Magi,_Artur, lk 258
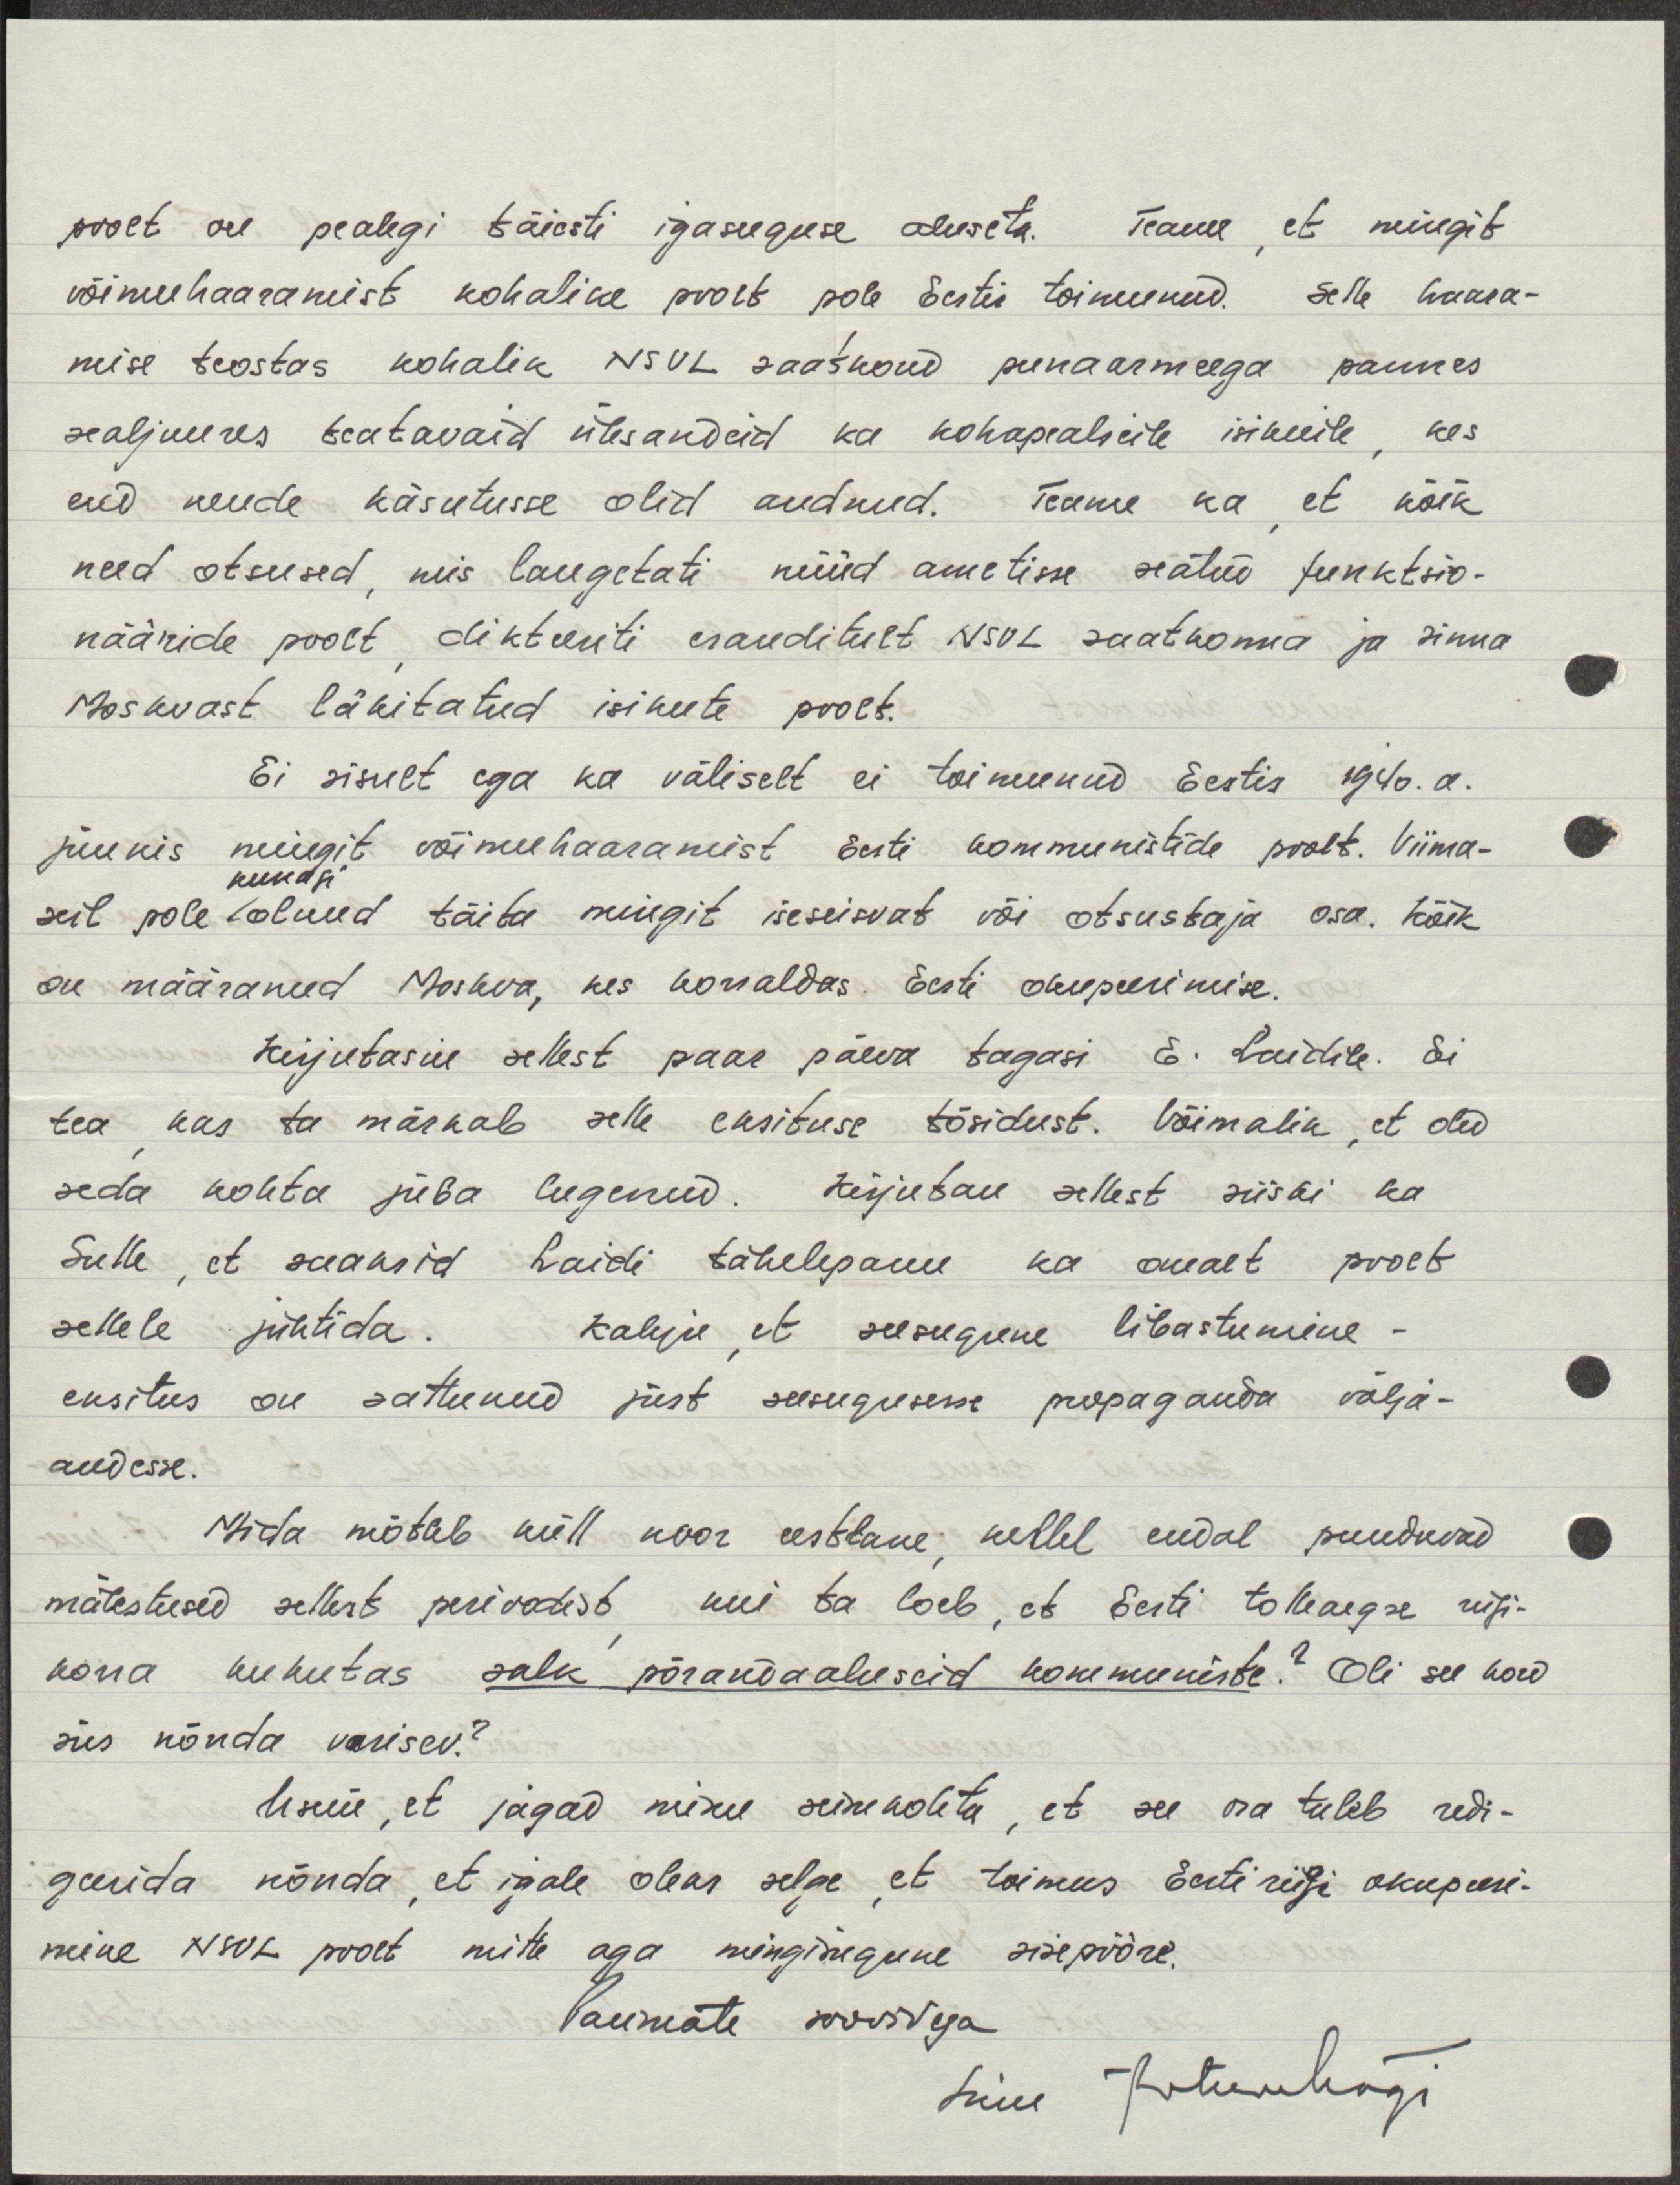
poolt on pealegi täiesti igasuguse aluseta. Teame, et mingit
võimehaaramist kohalike poolt pole Eestis toimunud. Selle haara-
mise teostas kohalik NSVL saatkond punaarmeega pannes
sealjuures teatavaid ülesandeid ka kohapealseile isikuile, kes
end nende käsutusse olid andnud. Teame ka et kõik
need otsused, mis langetati nüüd ametisse seatud funktsio-
nääride poolt dikteeriti eranditult NSVL saatkonna ja sinna
Moskvast läkitatud isikute poolt.
Ei sisult ega ka väliselt ei toimunud Eestis 1940.a.
juunis mingit võimuhaaramist Eesti kommunistide poolt. Viima-
kunagi
seil pole olnud täita mingit iseseisvat või otsustaja osa. Kõik
on määranud Moskva, kes korraldas Eesti okupeerimise.
Kirjutasin sellest paar päeva tagasi E. Laidile. Ei
tea kas ta märkab selle eksituse tõsidust. Võimalik, et oled
seda kohta juba lugenud. Kirjutan sellest siiski ka
Sulle, et saaksid Laidi tähelepanu ka omalt poolt
sellele juhtida. Kahju, et seesugune libastumine-
eksitus on sattunud just seesugusesse propaganda välja-
andesse.
Mida mõtleb küll noor eestlane, kellel endal puuduvad
mälestused sellest perioodist kui ta loeb, et Eesti tolleaegse riigi-
korra kukutas salk põrandaaluseid kommuniste? Oli see kord
siis nõnda varisev?
Usun, et jagad minu seisukohta, et see osa tuleb redi-
geerida nõnda, et igale oleks selge, et toimus Eesti riigi okupeeri-
mine NSVL poolt mitte aga mingisugune sisepöörel.
Paremate soovidega
Sinu ArturMägi